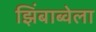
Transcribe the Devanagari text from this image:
झिंबाब्वेला